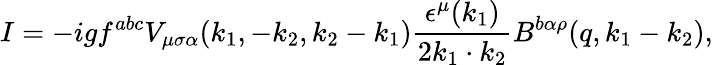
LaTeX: I=-igf^{abc}V_{\mu\sigma\alpha}(k_{1},-k_{2},k_{2}-k_{1})\frac{\epsilon^{\mu}(k_{1})}{2k_{1}\cdot k_{2}}B^{b\alpha\rho}(q,k_{1}-k_{2}),